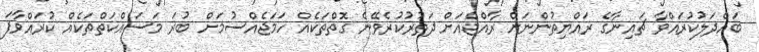
ބައްދަލުކުރައްވާ ޗައިނާގެ ރައްޔިތުންނަށް ރާއްޖެއަށް ދަތުރުކުރެވޭނެ ގޮތްތަކެއް ހަމަޖެއްސުމަށް ބުރަ މަސައްކަތްތަކެއް ކުރައްވާފަ